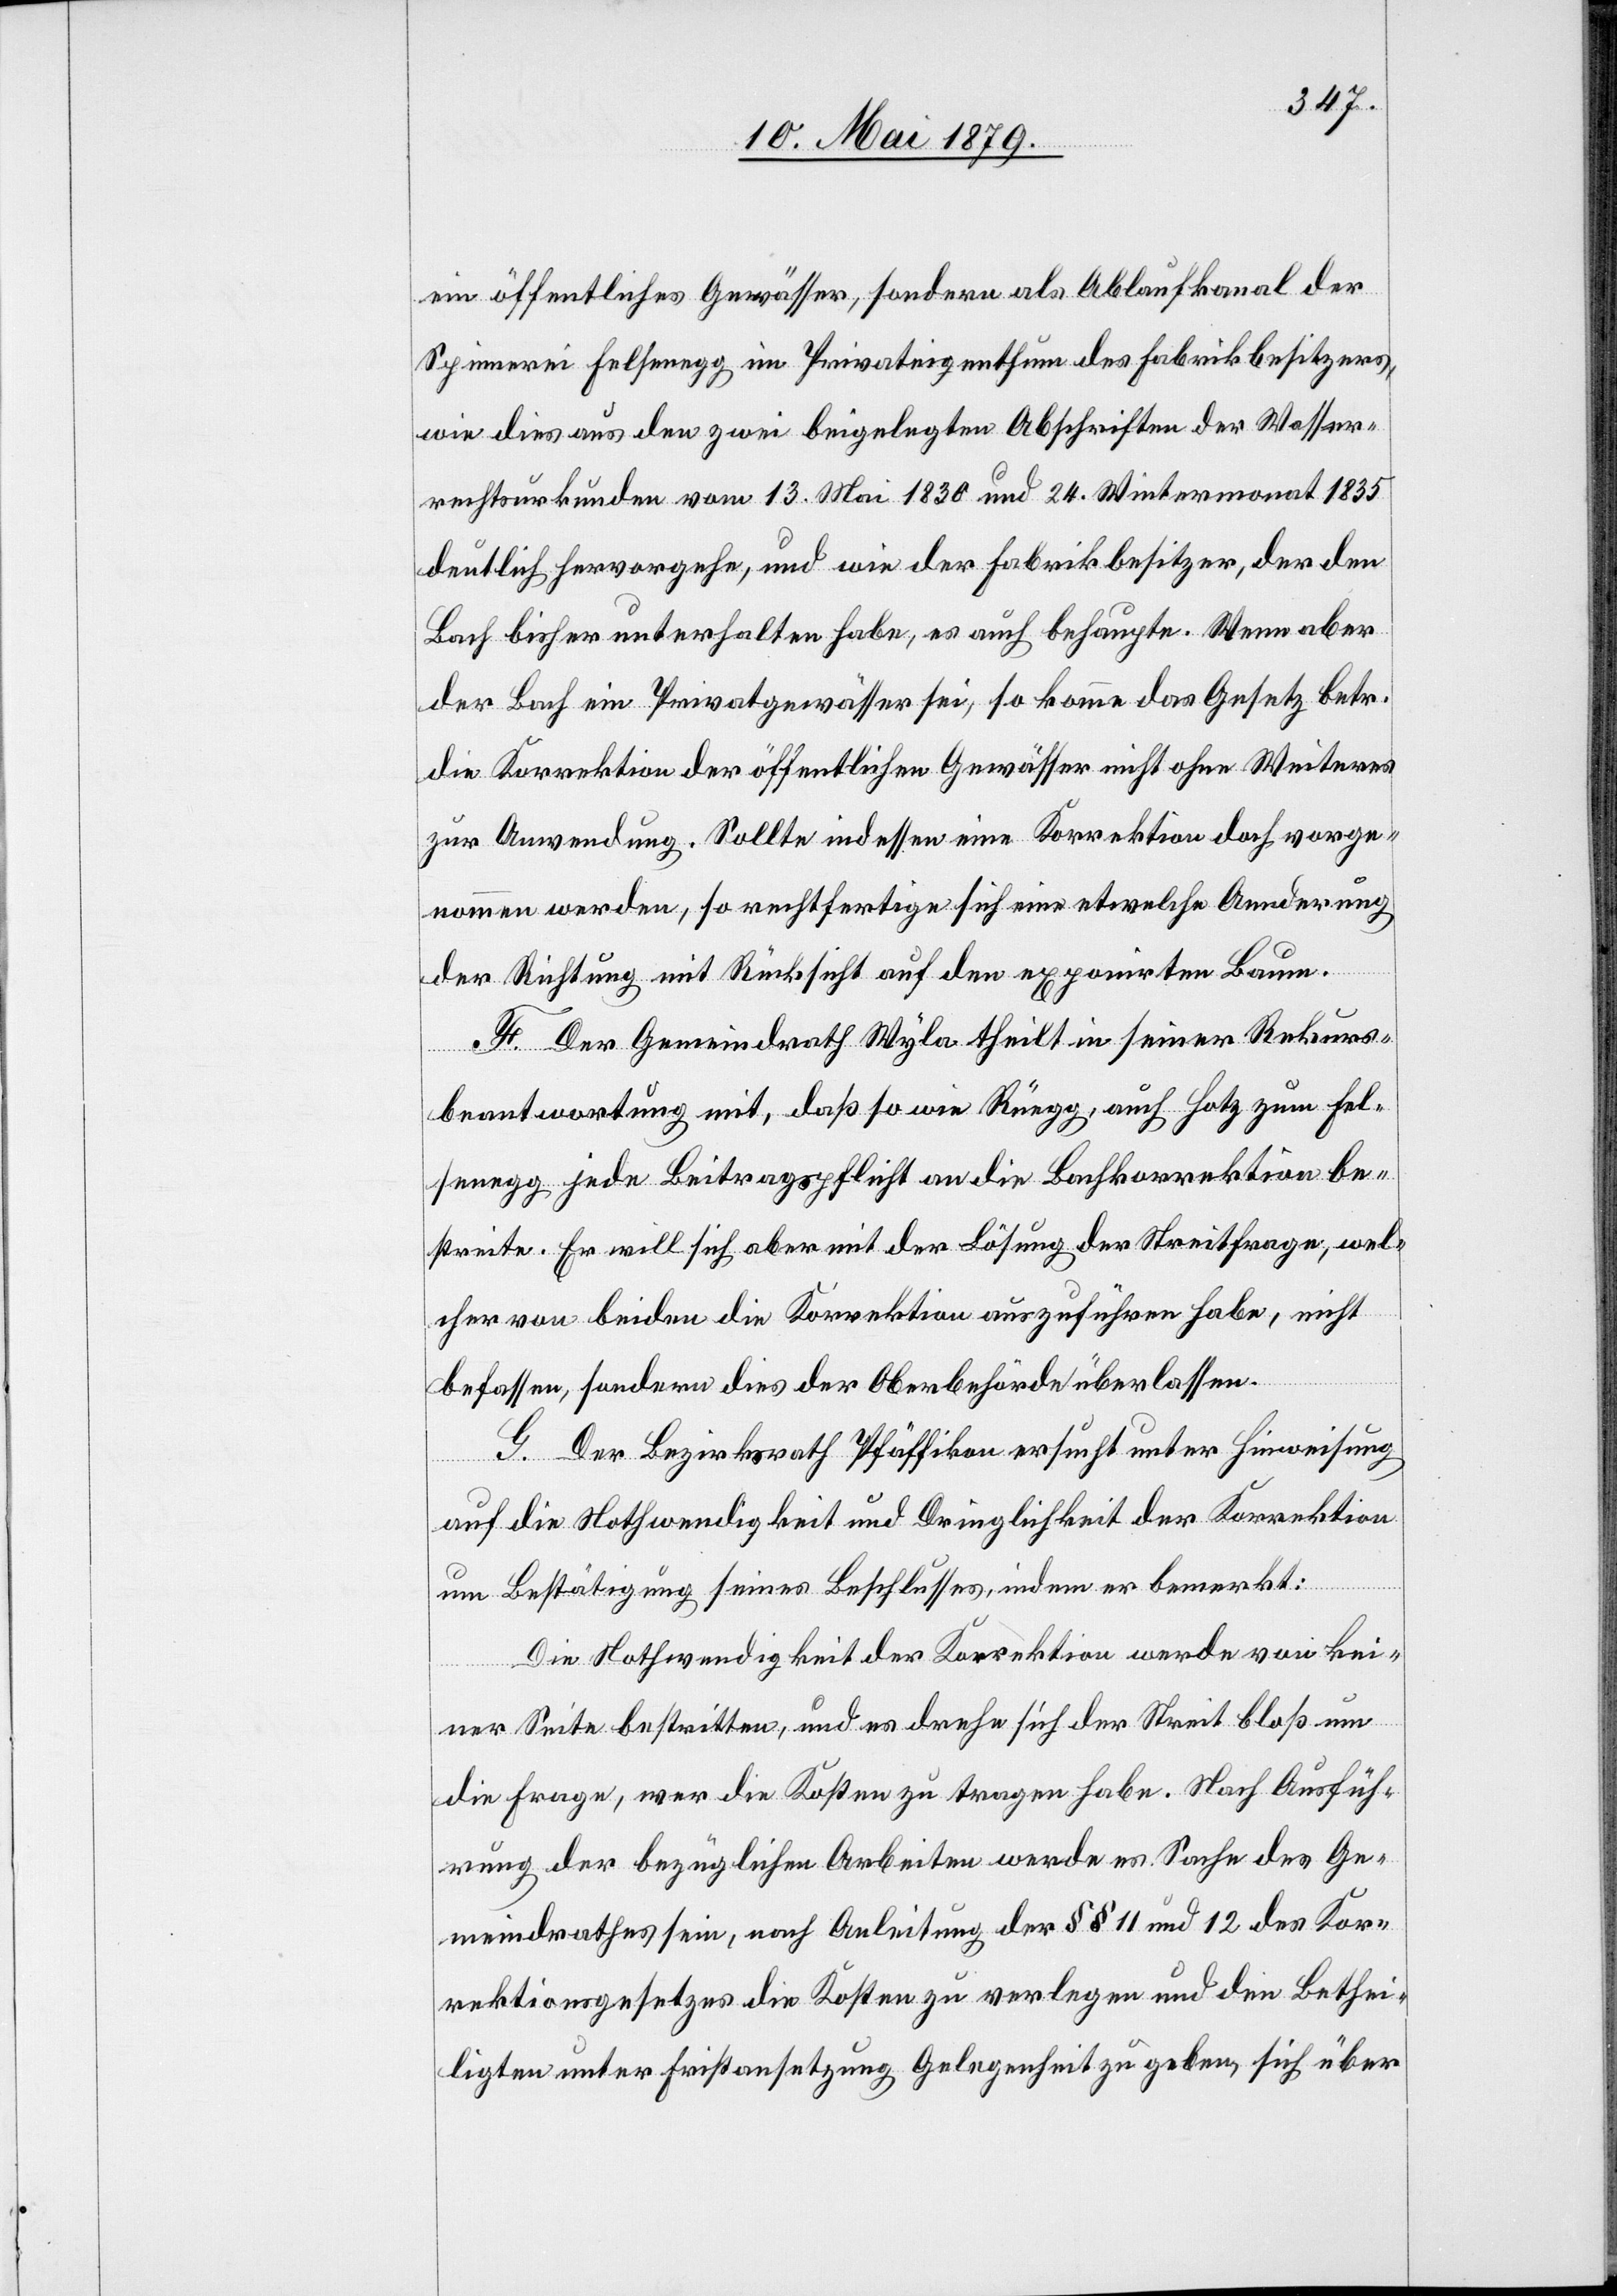
ein öffentliches Gewässer, sondern als Ablaufkanal der
Spinnerei Felsenegg im Privateigenthum des Fabrikbesitzers,
wie dies aus den zwei beigelegten Abschriften der Wasser¬
rechtsurkunden vom 13. Mai 1830 und 24. Wintermonat 1835
deutlich hervorgehe, und wie der Fabrikbesitzer, der den
Bach bisher unterhalten habe, es auch behaupte. Wenn aber
der Bach ein Privatgewässer sei, so komme das Gesetz betr.
die Korrektion der öffentlichen Gewässer nicht ohne Weiteres
zur Anwendung. Sollte indessen eine Korrektion doch vorge¬
nommen werden, so rechtfertige sich eine etwelche Aenderung
der Richtung mit Rücksicht auf den exponirten Baum.
F. Der Gemeindrath Wyla theilt in seiner Rekurs¬
beantwortung mit, daß so wie Rüegg, auch Hotz zum Fel¬
senegg jede Beitragspflicht an die Bachkorrektion be¬
streite. Er will sich aber mit der Lösung der Streitfrage, wel¬
cher von beiden die Korrektion auszuführen habe, nicht
befassen, sondern dies der Oberbehörde überlassen.
G. Der Bezirksrath Pfäffikon ersucht unter Hinweisung
auf die Nothwendigkeit und Dringlichkeit der Korrektion
um Bestätigung seines Beschlusses, indem er bemerkt:
Die Nothwendigkeit der Korrektion werde von kei¬
ner Seite bestritten, und es drehe sich der Streit bloß um
die Frage, wer die Kosten zu tragen habe. Nach Ausfüh¬
rung der bezüglichen Arbeiten werde es Sache des Ge¬
meindrathes sein, nach Anleitung der §§ 11 und 12 des Kor¬
rektionsgesetzes die Kosten zu verlegen und den Bethei¬
ligten unter Fristansetzung Gelegenheit zu geben, sich über